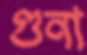
গুনা